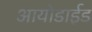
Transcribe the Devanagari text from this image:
आयोडाईड